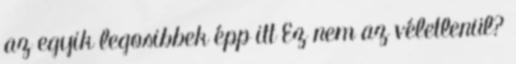
az egyik legosibbek épp itt Ez nem az véletlenül?